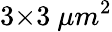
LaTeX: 3{\times}3\ {\mu}m^{2}